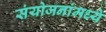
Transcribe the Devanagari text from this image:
संयोजनांमध्ये